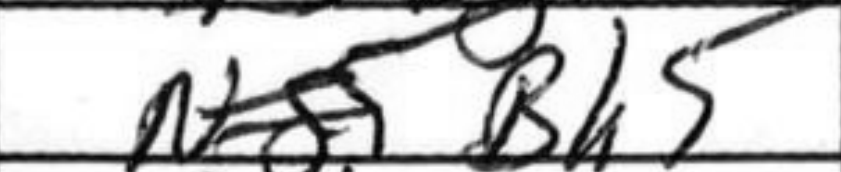
Transcription: Bh5